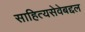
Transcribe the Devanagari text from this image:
साहित्यसेवेबद्दल